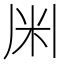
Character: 𫂱